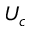
U _ { c }